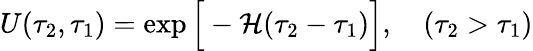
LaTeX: U(\tau_{2},\tau_{1})=\exp\Big[-{\cal H}(\tau_{2}-\tau_{1})\Big],\quad(\tau_{2}>\tau_{1})